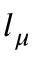
l _ { \mu }